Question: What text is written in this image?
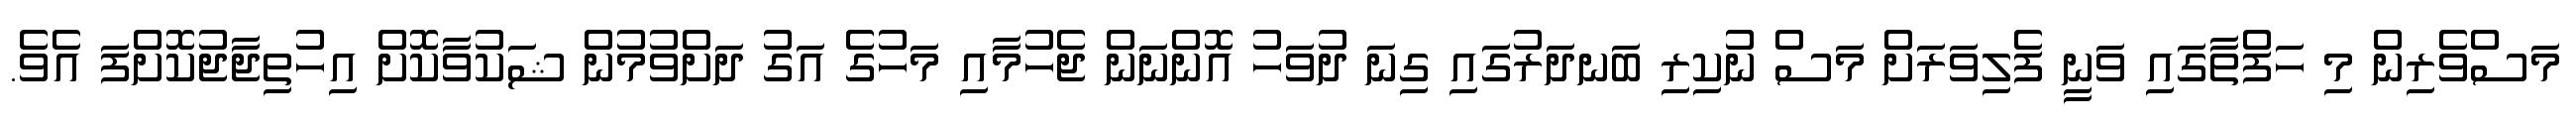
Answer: މަސްވެރިން މި ހަފްތާގައި ވަނީ ފެލިވަރަށް މަސް ނުކިރި ބަނދަރުގައި ގިނަ ދުވަހު އޮންނަން ޖެހުމާއި މަހުގެ އަގު ދަށްވުމުން ޝަކުވާކޮށް އިހުތިޖާޖުކޮށްފަ އެވެ.